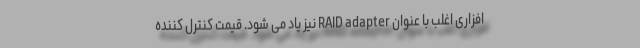
افزاری اغلب با عنوان RAID adapter نیز یاد می شود. قیمت کنترل کننده